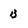
Character: B